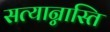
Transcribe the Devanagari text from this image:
सत्यान्नास्ति